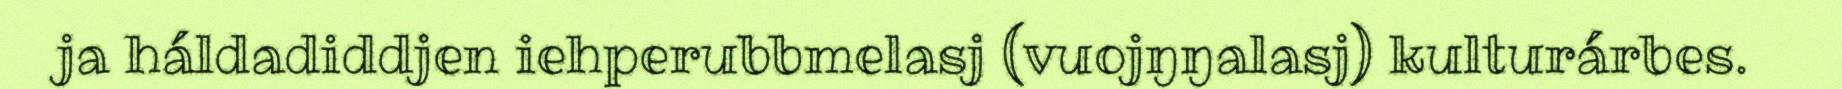
ja háldadiddjen iehperubbmelasj (vuojŋŋalasj) kulturárbes.